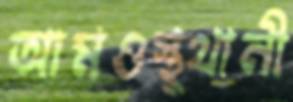
আমওস্থ্থানী